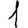
Digit: 1